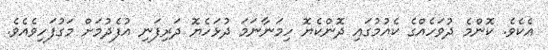
އެކެެވެ. ކޮންމެ ދުވަހެއްގެ ކެއުމުގައި ދޮންކެޔޮ ހިމަނާނަމަ ދުޅަހެޔޮ ދަރިފަނި އުފެދުމަށް މަގުފަހިވެއެވެ.